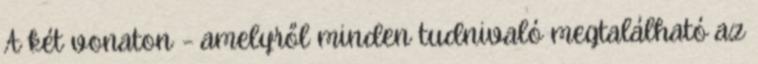
A két vonaton – amelyről minden tudnivaló megtalálható az